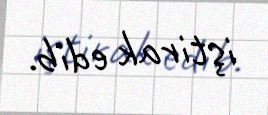
iştirak edib.